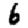
Digit: 6